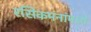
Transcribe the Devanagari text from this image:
रसिकमनांमध्ये